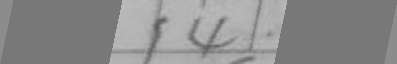
1 4 \cdot